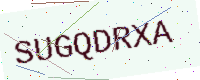
Text: SUGQDRXA